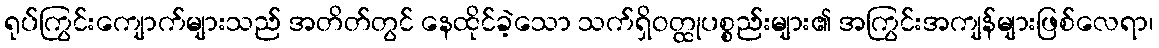
ရုပ်ကြွင်းကျောက်များသည် အတိတ်တွင် နေထိုင်ခဲ့သော သက်ရှိဝတ္ထုပစ္စည်းများ၏ အကြွင်းအကျန်များဖြစ်လေရာ၊